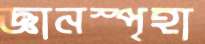
জ্ঞানস্পৃহা